Annual report of the Punjab Veterinary College and of the Civil Veterinary Department, Punjab - 1894-1908
Year: 1894
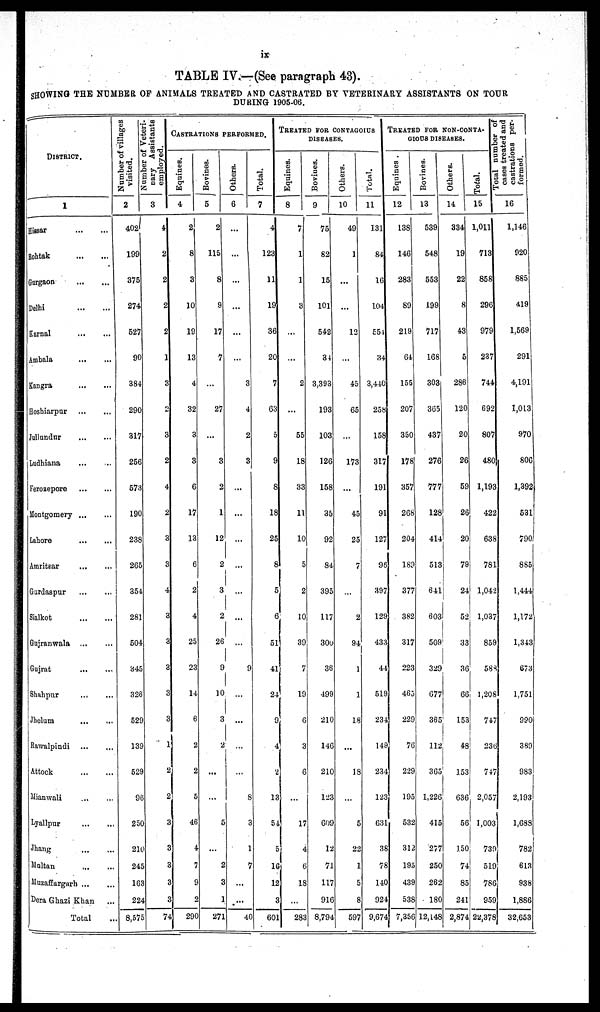
ix
TABLE IV.—(See paragraph 43).
SHOWING THE NUMBER OF ANIMALS TREATED AND CASTRATED BY VETERINARY ASSISTANTS ON TOUR
DURING 1905-06.
DISTRICT
1
Hissar
...
...
Rohtak
...
...
Gurgaon
...
...
Delhi
...
...
Karnal
...
...
Embala
...
...
Kangra
...
...
Hoshiarpur
...
...
Jullundur
...
...
Ludhiana ... ...
Ferozepore
...
...
Montgomery
...
...
Lahore
...
...
Amritsar
...
...
Gardaspur
...
...
Sialkot
...
...
Gnjranwala ... ...
Gujrat
...
...
Shahpur
...
...
Jhelum ... ...
Rawalpindi
...
...
Attock ... ...
Mianwali ... ...
Lyallpur
...
...
Jhang
...
...
Multan
...
...
Muzaffargarh ... ...
Dera Ghazi Khan ...
Total ...
Number
of villages
visited.
2
Number of Veteri-
nary Assistants
employed.
3
402
199
375
274
527
90
384
290
317
256
573
190
238
265
354
281
504
345
326
529
139
529
96
250
210
245
163
224
8,575
4
2
2
2
2
1
3
2
3
2
4
2
3
3
4
3
3
3
3
3
1
2
2
3
3
3
3
3
74
CASTRATIONS PERFORMED.
Equines.
4
2
8
3
10
19
13
4
32
3
3
6
17
13
6
2
4
25
23
14
6
2
2
5
46
4
7
9
2
290
Bovines.
5
2
115
8
9
17
7
...
27
...
3
2
1
12
2
3
2
26
9
10
3
2
...
...
5
...
2
3
1
271
Others.
6
...
...
...
...
...
...
3
4
2
3
...
...
...
...
...
...
...
9
...
...
....
...
8
3
1
7
...
...
40
Total.
7
4
123
11
19
36
20
7
63
5
9
8
18
25
8
5
6
51
41
24
9
4
2
13
54
5
16
12
3
601
TREATED FOR CINTAGIOUS
DISEASES.
Equines.
8
7
1
1
3
...
...
2
...
55
18
33
11
10
5
2
10
39
7
19
6
3
6
...
17
4
6
18
...
283
Bovines.
9
75
82
15
101
542
34
3,393
193
103
126
158
35
92
84
395
117
300
36
499
210
146
210
123
699
12
71
117
916
8,794
Others.
10
49
1
...
...
12
...
45
65
...
173
...
45
25
7
...
2
94
1
1
18
...
18
5
22
1
5
8
597
Total.
11
131
84
16
104
554
34
3,440
258
158
317
191
91
127
96
397
129
433
44
519
231
149
234
123
631
38
78
140
924
9,674
TREATED FOR NON-CONTA-
GIOUS DISEASES.
Equines .
12
138
146
283
89
219
64
155
207
350
178
357
268
204
189
377
382
317
223
465
229
76
229
195
532
312
195
439
538
7,356
Bovines.
13
539
548
553
199
717
168
303
365
437
276
777
128
414
513
641
603
509
329
677
365
112
365
1,226
415
277
250
262
180
12,148
Others.
14
334
19
22
8
43
5
286
120
20
26
59
26
20
79
24
52
33
36
66
153
48
153
636
56
150
74
85
241
2,874
Total.
15
Total number of
cases
treated and
castrations per-
formed.
1,011
713
858
296
979
237
744
692
807
480
1,193
422
638
781
1,042
1,037
859
588
1,208
747
236
747
2,057
1,003
739
519
786
959
22,378
16
1,146
920
885
419
1,569
291
4,191
1,013
970
806
1,392
531
790
885
1,444
1,172
1,343
673
1,751
990
389
983
2,193
1,688
782
613
938
1,886
32,653